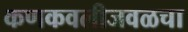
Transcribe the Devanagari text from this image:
कणकवलीजवळचा